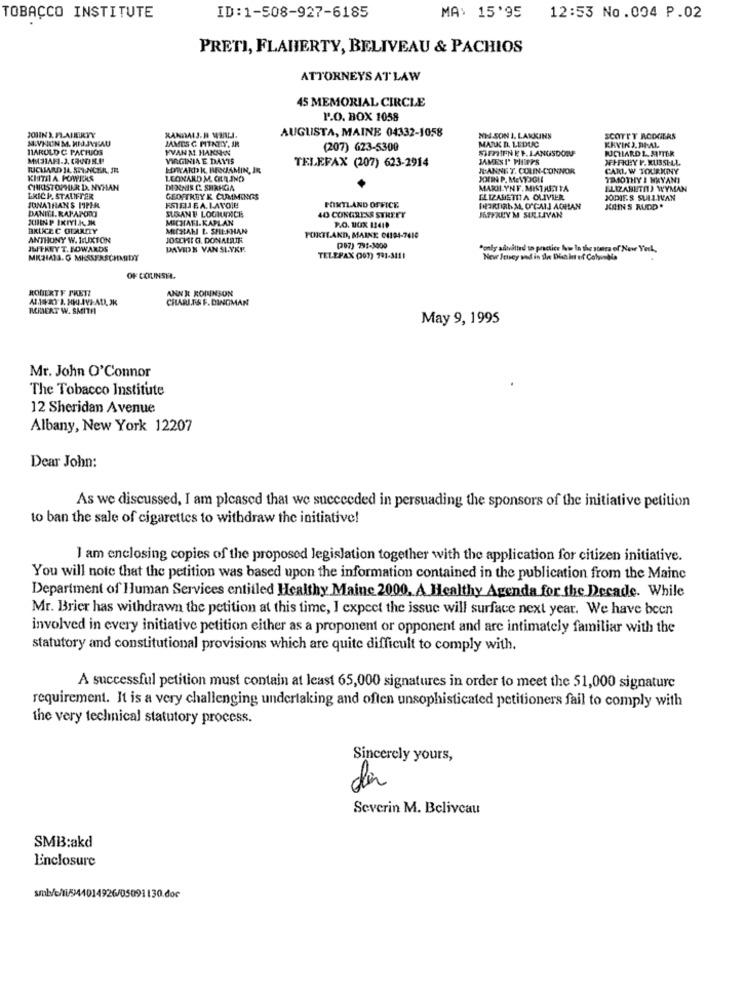
TOBACCO INSTITUTE
ID:1-508-927-6185
MA: 15'95
12:53 No.004 P.02
PRETI, FLAHERTY, BELIVEAU & PACHIOS
ATTORNEYS AT LAW
45 MEMORIAL CIRCLE
P.O. BOX 1058
AUGUSTA, MAINE 04332-1058
JOHNNY. FLAFRIKYY
MIVKONM. HIJ.IVEAU
RANDALJ. H WILI.
JAMES G PITNEY, AR
NI.SON J. LANKINS
MARK D. LEDUC
SCOTTY RODGERS
KEVINJ. DEAL
MARULD C PACHIOS
KVAN M. HARNN
(207) 623-5300
STEPHEN EP. LANGSDORF
MICHAEL.3. CAHUNDDELLA!
VIRGINIA E DAVIS
JAMEST' PHIPPS
NFHFKCHY F. RUSSELL
RICHARD JA STINCHA JE
EDWARD K. HEOUAMIN, JE
TELEFAX (207) 623-2914
R:ANNET. COLIN-CONNOR
CARL W TOURKINY
KINTH A POWERS
LEONARD M. CIL IND
IDIOTHY I MRYANI
CHRISTOPHER D. NYHAN
DERMIS C. SHRUGA
MARILYNF. MISTRETTA
ELIZABETHTJ WYMAN
ERICP. STALIFFER
JONATHAN'S ISPER
GEOFTHEY K CUMMINGS
ELIZABETH A OLIVIER
JOPIE.& SULLIVAN
DANIEL. RAPAPORO
FSIDIJEA. LAVOIE
SLOANE LOCHANCE
PORTLAND OFFICE,
FHARTIRIM. O'CALL AGHAN
JAINS RUDD .
MICHATI-KAPLAN
40 CONGRESS STREET
JEFFREY M SULLIVAN
BKLICE C OLARELY
MICHAL L. SHEFHAN
PO. BOX 13419
ANTHONY W. BUXTON
JOSCHI G. DONALILIK
FORTLAKD, MAINE 04194-7410
JWTHEYT. SOWARDS
DAVIDN VAN SLYKE
(07) 791-3000
Contr admitted to practice Now In the states of New York,
MICHAL. G MESSERSCHMIDY
TELEFAX (03) 791-3111
New Jersey ved in ihre Dlahint of Columbia
OF COUNSEL.
ROUERTF PRETI
ANNIE ROBINSON
CHARLES F. DINGMAN
ROBERT W. SMITH
May 9, 1995
Mr. John O'Connor
The Tobacco Institute
12 Sheridan Avenue
Albany, New York 12207
Dear John:
As we discussed, I am pleased that we succeeded in persuading the sponsors of the initiative petition
to ban the sale of cigarettes to withdraw the initiative!
I am enclosing copies of the proposed legislation together with the application for citizen initiative.
You will note that the petition was based upon the information contained in the publication from the Mainc
Department of Human Services entitled Healthy Maine 2000, A Healthy Agenda for the Decade. While
Mr. Brier has withdrawn the petition at this time, I expect the issue will surface next year. We have been
involved in every initiative petition either as a proponent or opponent and are intimately familiar with the
statutory and constitutional provisions which are quite difficult to comply with.
A successful petition must contain at least 65,000 signatures in order to meet the 51,000 signature
requirement. It is a very challenging undertaking and often unsophisticated petitioners fail to comply with
the very technical statutory process.
Sincerely yours,
Severin M. Beliveau
SMB:akd
Enclosure
smb/c/li/544014926/05091130.doc